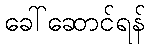
ခေါ်ဆောင်ရန်